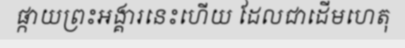
ផ្កាយព្រះអង្គារនេះហើយ ដែលជាដើមហេតុ